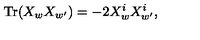
\mathrm { T r } ( X _ { w } X _ { w ^ { \prime } } ) = - 2 X _ { w } ^ { i } X _ { w ^ { \prime } } ^ { i } ,